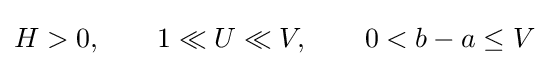
H>0,\qquad 1\ll U\ll V,\qquad 0<b-a\leq V